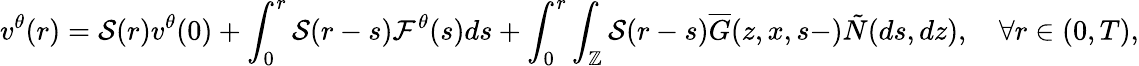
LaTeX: \displaystyle v^{\theta}(r)=\mathcal{S}(r)v^{\theta}(0)+\int_{0}^{r}\mathcal{S}(r-s)\mathcal{F}^{\theta}(s)ds+\int_{0}^{r}\int_{\mathbb{Z}}\mathcal{S}(r-s)\overline{{G}}(z,x,s-)\tilde{N}(ds,dz),\quad\forall r\in(0,T),